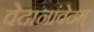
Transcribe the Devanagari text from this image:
वेदानांवेदम्